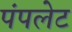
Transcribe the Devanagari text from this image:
पंपलेट